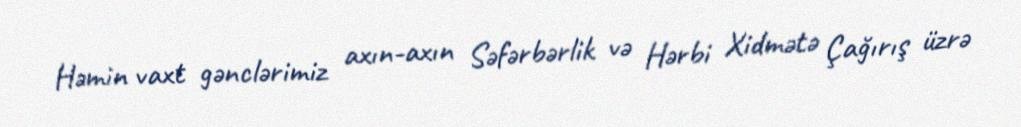
Həmin vaxt gənclərimiz axın-axın Səfərbərlik və Hərbi Xidmətə Çağırış üzrə